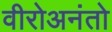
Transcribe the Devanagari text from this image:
वीरोअनंतो